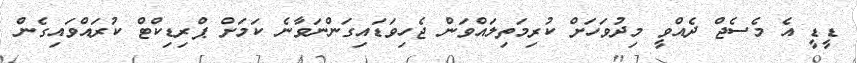
ޑީޑީ އެ މެސެޖް ދެއްވީ މިދުވަހަށް ކުރިމަތިލައްވަން ޖެހިވަޑައިގަންނަވާނެ ކަމަށް ޕްރިޑިކްޓް ކުރައްވައިގެން